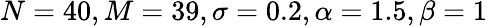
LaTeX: N=40,M=39,\sigma=0.2,\alpha=1.5,\beta=1